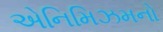
એનિમિઝમનો